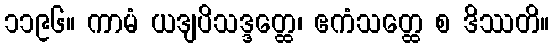
၁၁၉၆။ ကာမံ ယဒျပိသဒ္ဒတ္ထေ၊ ဧကံသတ္ထေ စ ဒိဿတိ။